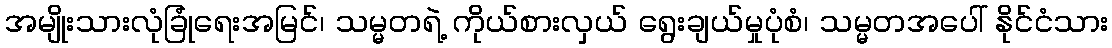
အမျိုးသားလုံခြုံရေးအမြင်၊ သမ္မတရဲ့ ကိုယ်စားလှယ် ရွေးချယ်မှုပုံစံ၊ သမ္မတအပေါ် နိုင်ငံသား